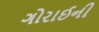
ગોરાઈની